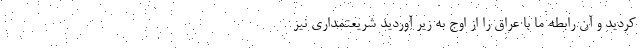
کردید و آن رابطه ما با عراق را از اوج به زیر آوردید شریعتمداری نیز